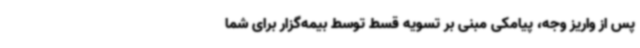
پس از واریز وجه، پیامکی مبنی بر تسویه قسط توسط بیمه‌گزار برای شما